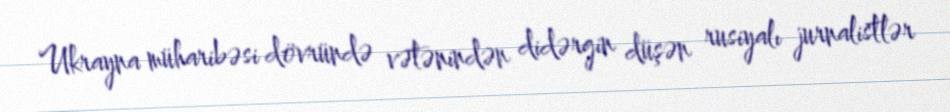
Ukrayna müharibəsi dövründə vətənindən didərgin düşən rusiyalı jurnalistlər